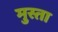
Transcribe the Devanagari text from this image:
मुस्ता